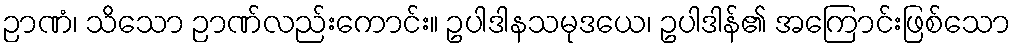
ဉာဏံ၊ သိသော ဉာဏ်လည်းကောင်း။ ဥပါဒါနသမုဒယေ၊ ဥပါဒါန်၏ အကြောင်းဖြစ်သော